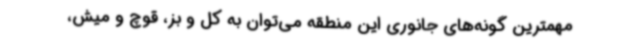
مهمترین گونه‌های جانوری این منطقه می‌توان به کل و بز، قوچ و میش،